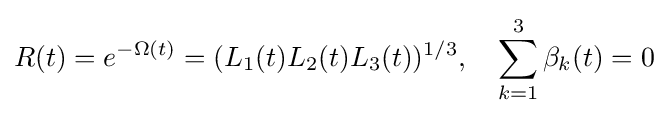
R(t)=e^{-\Omega (t)}=(L_{1}(t)L_{2}(t)L_{3}(t))^{1/3},\quad \sum _{k=1}^{3}\beta _{k}(t)=0